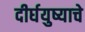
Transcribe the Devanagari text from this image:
दीर्घयुष्याचे